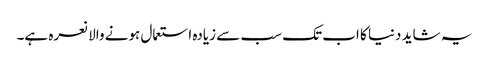
یہ شاید دنیا کا اب تک سب سے زیادہ استعمال ہونے والا نعرہ ہے۔